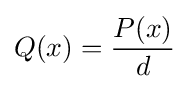
Q(x)={\frac {P(x)}{d}}